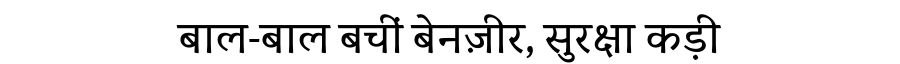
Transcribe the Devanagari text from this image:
बाल-बाल बचीं बेनज़ीर, सुरक्षा कड़ी